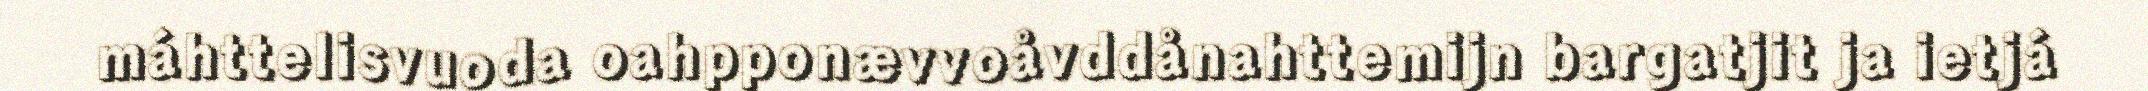
máhttelisvuoda oahpponævvoåvddånahttemijn bargatjit ja ietjá